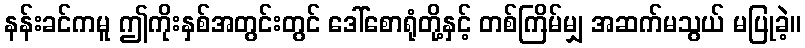
နန်းခင်ကမူ ဤကိုးနှစ်အတွင်းတွင် ဒေါ်စောရုံတို့နှင့် တစ်ကြိမ်မျှ အဆက်မသွယ် မပြုခဲ့။